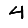
Digit: 4